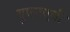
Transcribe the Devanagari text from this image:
यूएनएबी